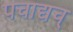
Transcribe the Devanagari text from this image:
पचाद्यच्